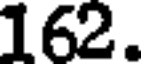
162.